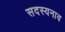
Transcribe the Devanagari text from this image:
सदस्यनाव